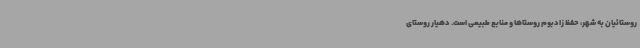
روستائیان به شهر، حفظ زادبوم روستاها و منابع طبیعی است. دهیار روستای